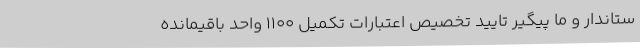
ستاندار و ما پیگیر تایید تخصیص اعتبارات تکمیل 1100 واحد باقیمانده